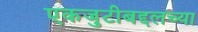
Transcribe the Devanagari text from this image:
एकजुटीबद्दलच्या